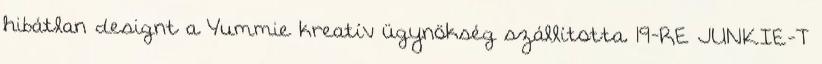
hibátlan designt a Yummie kreatív ügynökség szállította. 19-RE JUNKIE-T